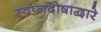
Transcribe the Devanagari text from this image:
स्वप्नदोषाद्वारे